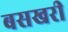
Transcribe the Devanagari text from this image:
बसखरी